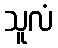
သူလံ